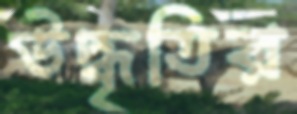
উদ্ধৃতির